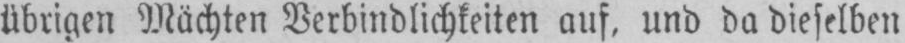
übrigen Mächten Verbindlichkeiten auf, und da dieselben